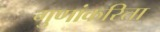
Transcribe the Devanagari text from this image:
गुणांकरिता